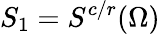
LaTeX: S_{1}=S^{c/r}(\Omega)